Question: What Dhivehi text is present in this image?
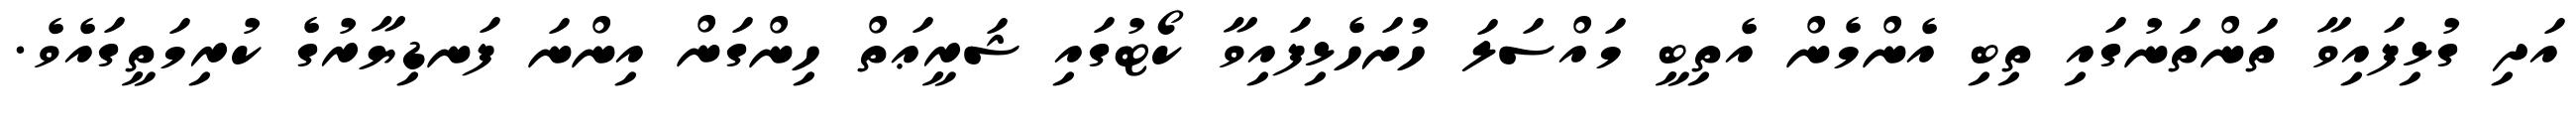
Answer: އަދި ގުޅިފައިވާ ތަންތަނުގައި ތިބި އެންމެން އެތިބީ މައްސަލަ ހުށަހެޅިފައިވާ ކޯޓުގައި ޝަރީޢަތް ހިންގަން އިންނަ ފަނޑިޔާރުގެ ކުރިމަތީގައެވެ.